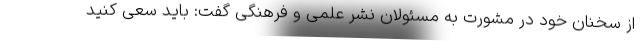
از سخنان خود در مشورت به مسئولان نشر علمی و فرهنگی گفت: باید سعی کنید